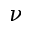
\nu